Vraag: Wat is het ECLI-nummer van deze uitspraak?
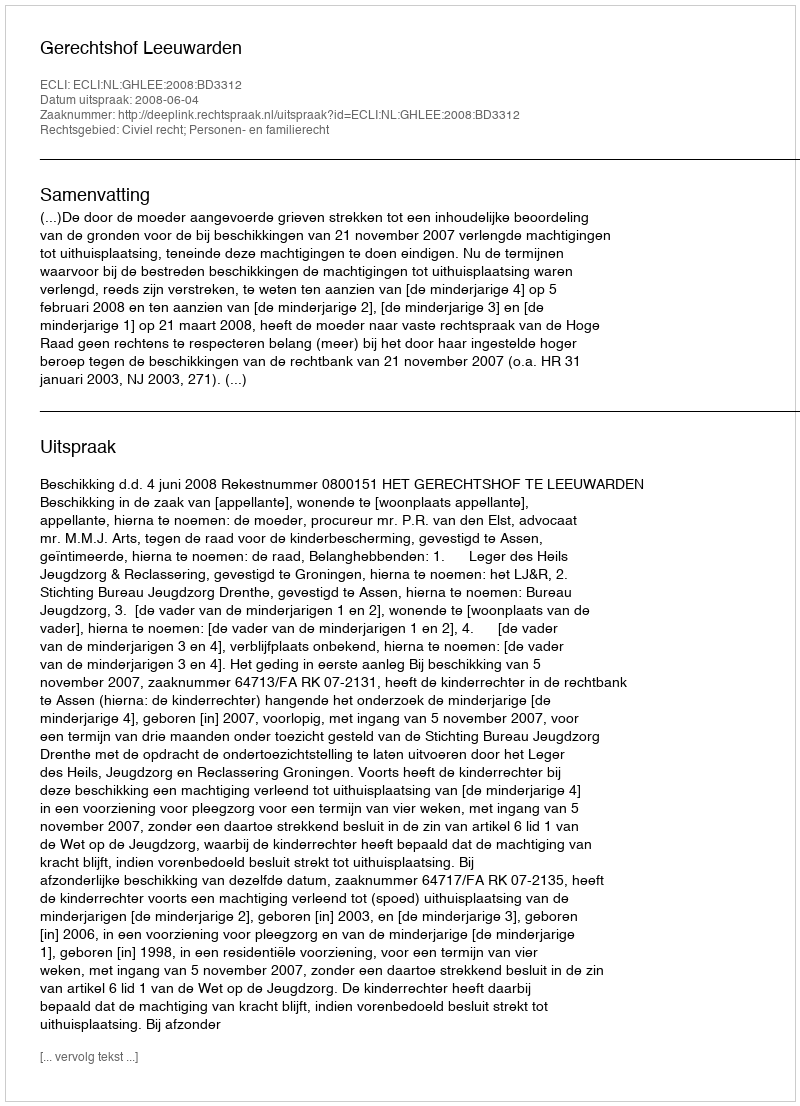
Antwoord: ECLI:NL:GHLEE:2008:BD3312